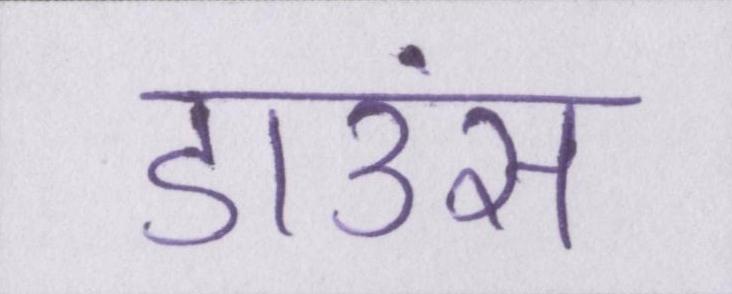
डाउंस